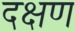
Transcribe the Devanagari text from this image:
दक्षण